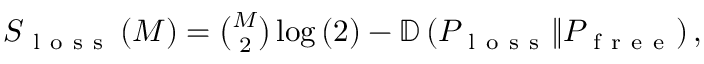
\begin{array} { r } { S _ { \mathrm { ~ l ~ o ~ s ~ s ~ } } \left( M \right) = \binom { M } { 2 } \log \left( 2 \right) - \mathbb { D } \left( P _ { \mathrm { ~ l ~ o ~ s ~ s ~ } } \Vert P _ { \mathrm { ~ f ~ r ~ e ~ e ~ } } \right) , } \end{array}